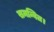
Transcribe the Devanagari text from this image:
समन्वित।